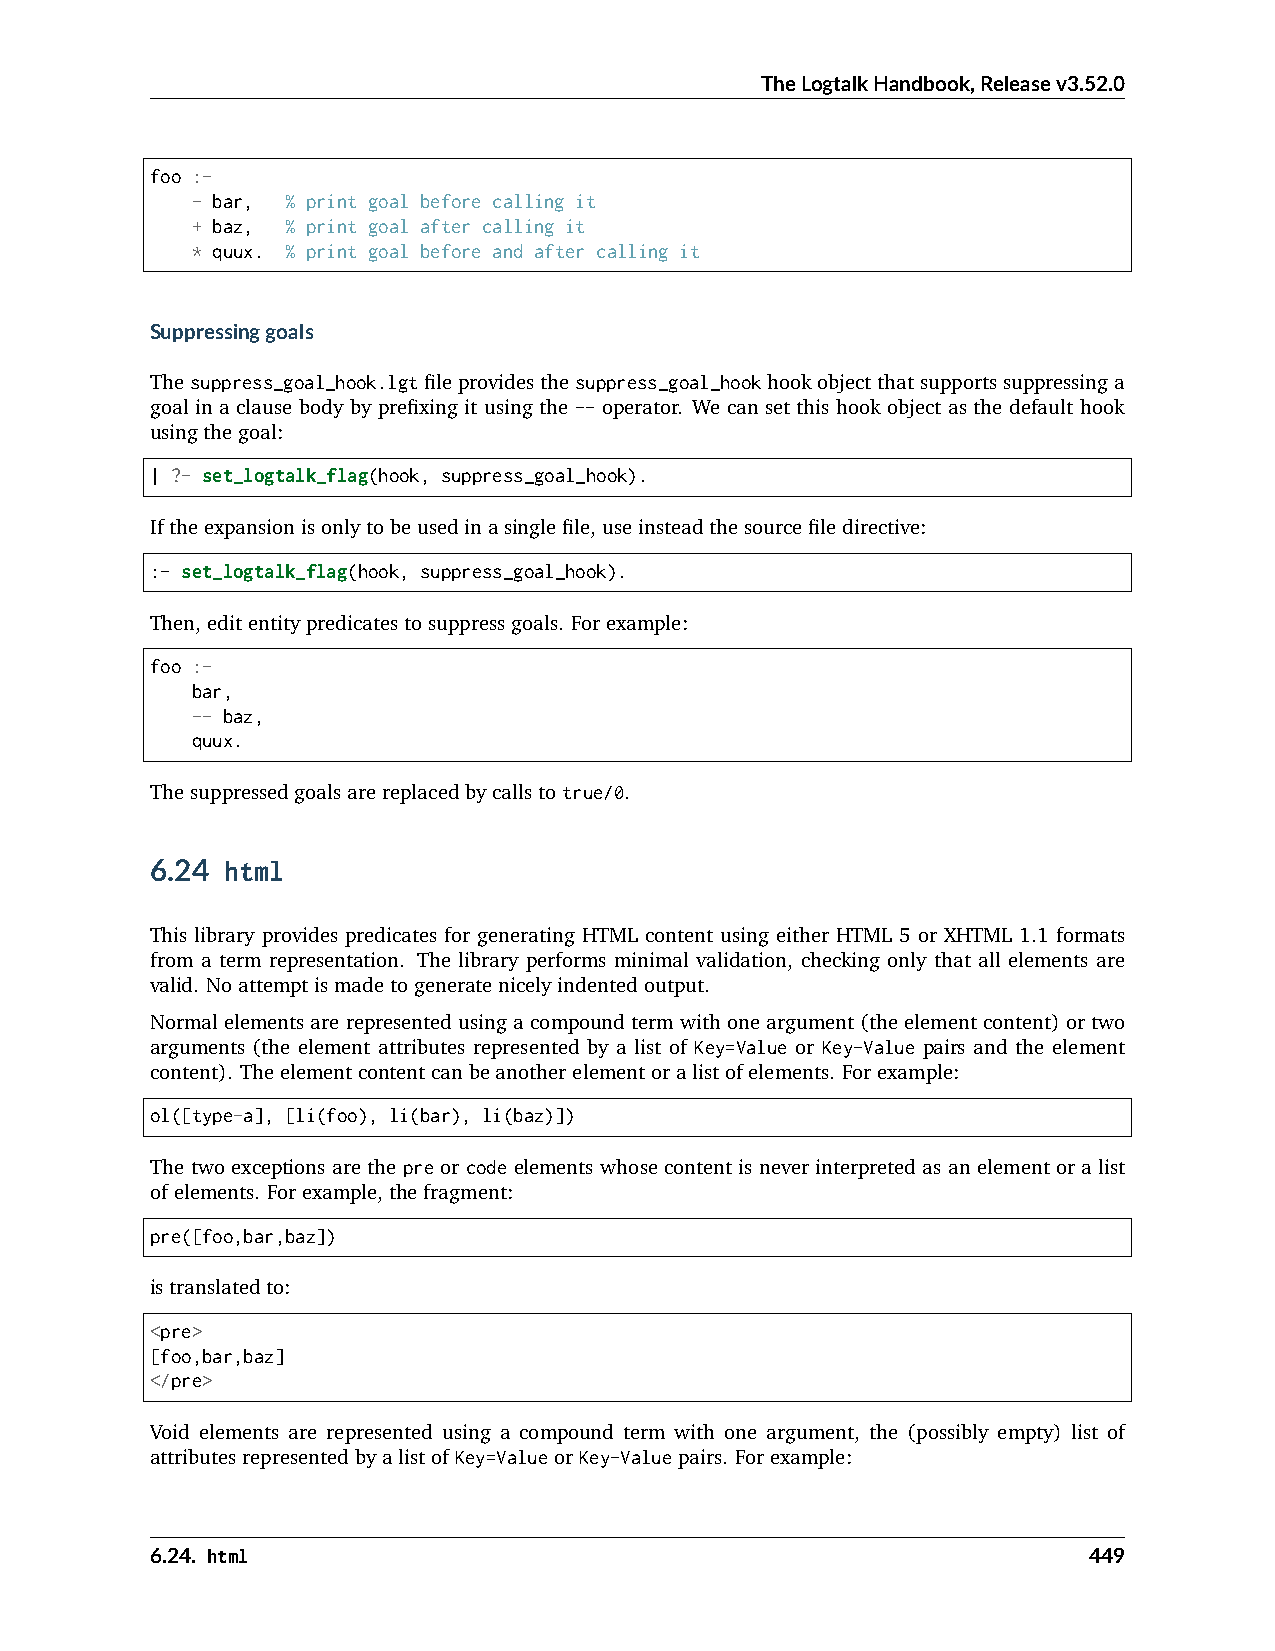
TheLogtalkHandbook,Releasev3.52.0
 foo :-
 - bar, % print goal before calling it
 + baz, % print goal after calling it
 * quux. % print goal before and after calling it
 Suppressinggoals
 Thesuppress_goal_hook.lgtfileprovidesthesuppress_goal_hookhookobjectthatsupportssuppressinga
 goal in a clause body by prefixing it using the -- operator. We can set this hook object as the default hook
 usingthegoal:
 | ?- set_logtalk_flag(hook, suppress_goal_hook).
 Iftheexpansionisonlytobeusedinasinglefile,useinsteadthesourcefiledirective:
 :- set_logtalk_flag(hook, suppress_goal_hook).
 Then,editentitypredicatestosuppressgoals. Forexample:
 foo :-
 bar,
 -- baz,
 quux.
 Thesuppressedgoalsarereplacedbycallstotrue/0.
 6.24 html
 This library provides predicates for generating HTML content using either HTML 5 or XHTML 1.1 formats
 from a term representation. The library performs minimal validation, checking only that all elements are
 valid. Noattemptismadetogeneratenicelyindentedoutput.
 Normalelementsarerepresentedusingacompoundtermwithoneargument(theelementcontent)ortwo
 arguments (the element attributes represented by a list of Key=Value or Key-Value pairs and the element
 content). Theelementcontentcanbeanotherelementoralistofelements. Forexample:
 ol([type-a], [li(foo), li(bar), li(baz)])
 The two exceptions are the pre or code elements whose content is never interpreted as an element or a list
 ofelements. Forexample,thefragment:
 pre([foo,bar,baz])
 istranslatedto:
 <pre>
 [foo,bar,baz]
 </pre>
 Void elements are represented using a compound term with one argument, the (possibly empty) list of
 attributesrepresentedbyalistofKey=ValueorKey-Valuepairs. Forexample:
 6.24. html                                                    449